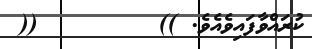
ކުރައްވާފައިވެއެވެ. ))        ((